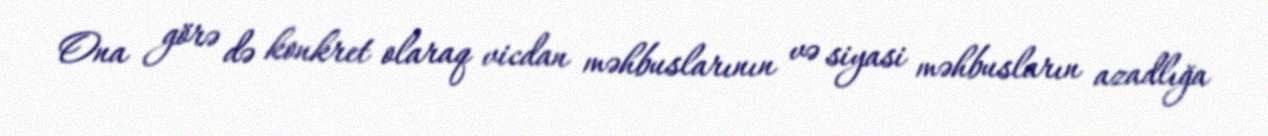
Ona görə də konkret olaraq vicdan məhbuslarının və siyasi məhbusların azadlığa